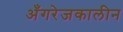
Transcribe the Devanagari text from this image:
अँगरेजकालीन